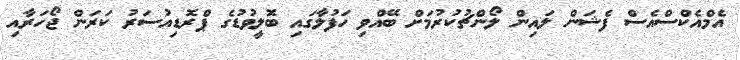
އެމްއެކްސްއެސް ފެޝަން ލައިން ލޯންޗުކުރުމަށް ބޭއްވި ހަފުލާގައި ބޮލީވުޑުގެ ޕްރޮޑިއުސަރު ކަރަން ޖޯހަރާއި